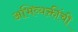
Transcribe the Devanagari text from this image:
अभिव्यक्तींची